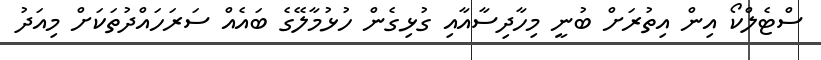
ސްޓެލްކޯ އިން އިތުރަށް ބުނީ މިހާދިސާއާއި ގުޅިގެން ހުޅުމާލޭގެ ބައެއް ސަރަހައްދުތަކަށް މިއަދު